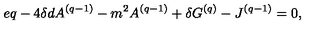
e q - 4 \delta d A ^ { ( q - 1 ) } - m ^ { 2 } A ^ { ( q - 1 ) } + \delta G ^ { ( q ) } - J ^ { ( q - 1 ) } = 0 ,